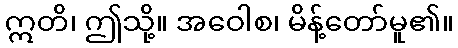
ဣတိ၊ ဤသို့။ အဝေါစ၊ မိန့်တော်မူ၏။